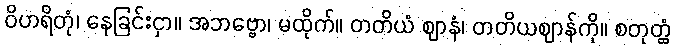
ဝိဟရိတုံ၊ နေခြင်းငှာ။ အဘဗ္ဗော၊ မထိုက်။ တတိယံ ဈာနံ၊ တတိယဈာန်ကို။ စတုတ္ထံ